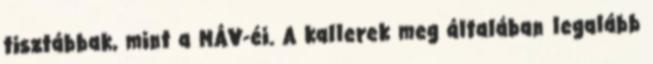
tisztábbak, mint a MÁV-éi. A kallerek meg általában legalább